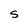
Character: S